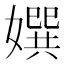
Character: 𡢀